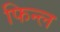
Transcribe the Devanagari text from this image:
फिन्ल